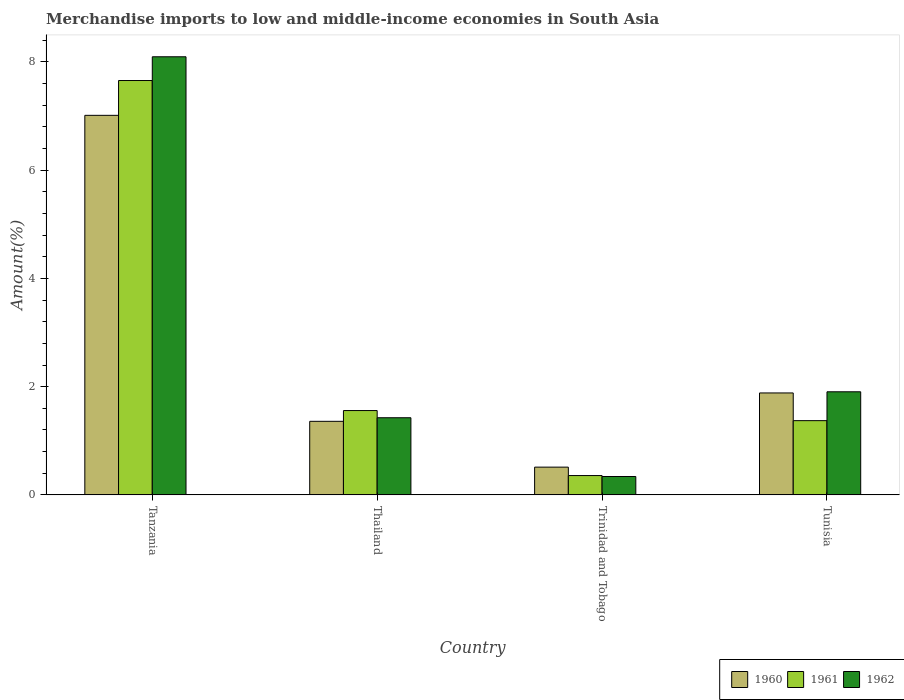
| Country | 1960 | 1961 | 1962 |
 | --- | --- | --- | --- |
 | Tanzania | 7.01 | 7.66 | 8.1 |
 | Thailand | 1.36 | 1.56 | 1.43 |
 | Trinidad and Tobago | 0.513 | 0.357 | 0.34 |
 | Tunisia | 1.88 | 1.37 | 1.91 |